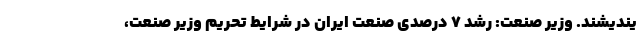
یندیشند. وزیر صنعت: رشد ۷ درصدی صنعت ایران در شرایط تحریم وزیر صنعت،